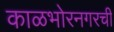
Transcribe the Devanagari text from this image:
काळभोरनगरची